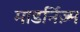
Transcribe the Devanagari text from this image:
माडर्निज़्म